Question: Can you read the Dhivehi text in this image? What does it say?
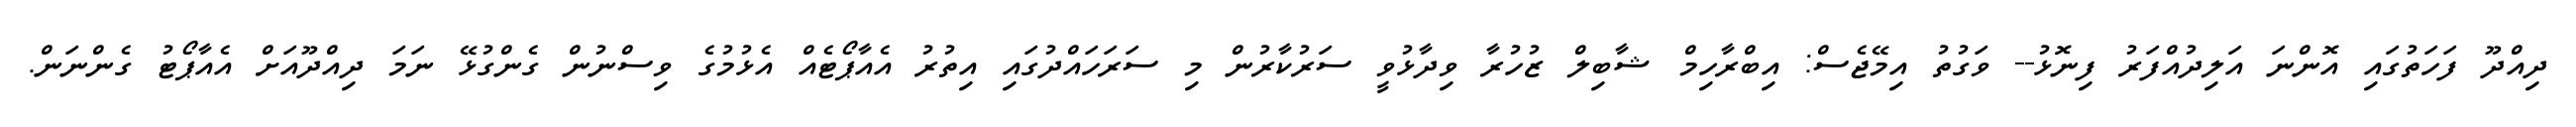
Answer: ދިއްދޫ ފަހަތުގައި އޮންނަ އަލިދުއްފަރު ފިނޮޅު-- ވަގުތު އިމޭޖެސް: އިބްރާހިމް ޝާބިލް ޒުހުރާ ވިދާޅުވީ ސަރުކާރުން މި ސަރަހައްދުގައި އިތުރު އެއާޕޯޓެއް އެޅުމުގެ ވިސްނުން ގެންގުޅޭ ނަމަ ދިއްދޫއަށް އެއާޕޯޓު ގެންނަން.